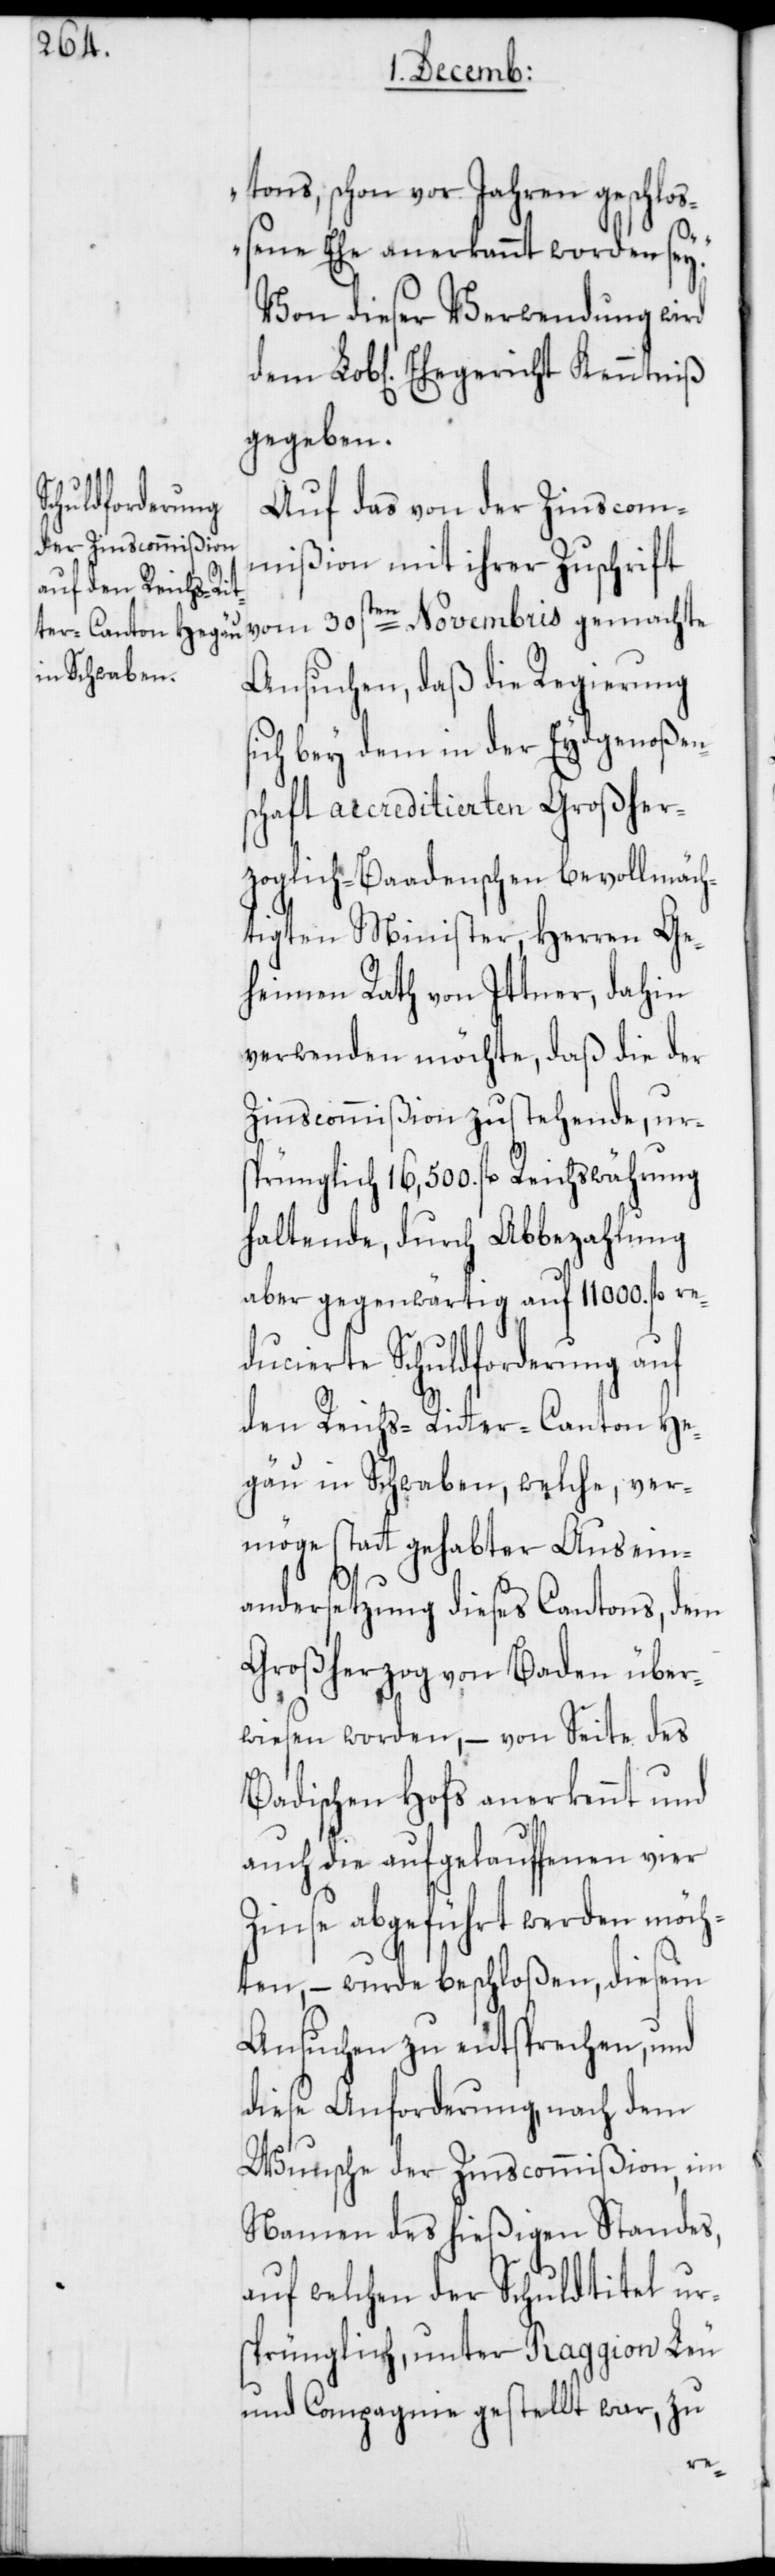
tons, schon vor Jahren geschloß¬
ene Ehe anerkannt worden sey.“
Von dieser Verwendung wird
gegeben.
Auf das von der Zinscom¬
mißion mit ihrer Zuschrift
vom 30sten Novembris gemachte
Ansuchen, daß die Regierung
sich bey dem in der Eydgenoßen¬
schaft accreditierten Großher¬
zoglich-Baadenschen bevollmäch¬
tigten Minister, Herren Ge¬
heimen Rath von Ittner, dahin
verwenden möchte, daß die der
Zinscommißion zustehende, urs¬
prünglich 16,500. fl. Reichswährung
haltende, durch Abbezahlung
aber gegenwärtig auf 11 000. fl. re¬
ducierte Schuldforderung auf
den Reichs-Ritter-Canton He¬
gäu in Schwaben, welche, ver¬
möge statt gehabter Ausein¬
andersetzung dieses Cantons, dem
Großherzog von Baden über¬
wiesen worden, – von Seite des
Badischen Hofs anerkennt und
auch die aufgelauffenen vier
Zinse abgeführt werden möch¬
ten, – wurde beschloßen, diesem
Ansuchen zu entsprechen und
diese Anforderung nach dem
Wunsche der Zinscommißion, im
Namen des hießigen Standes,
auf welchen der Schuldtitel ur¬
sprünglich, unter Raggion Leu
und Compagnie gestellt war, zu